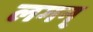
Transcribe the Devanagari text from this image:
लगन्